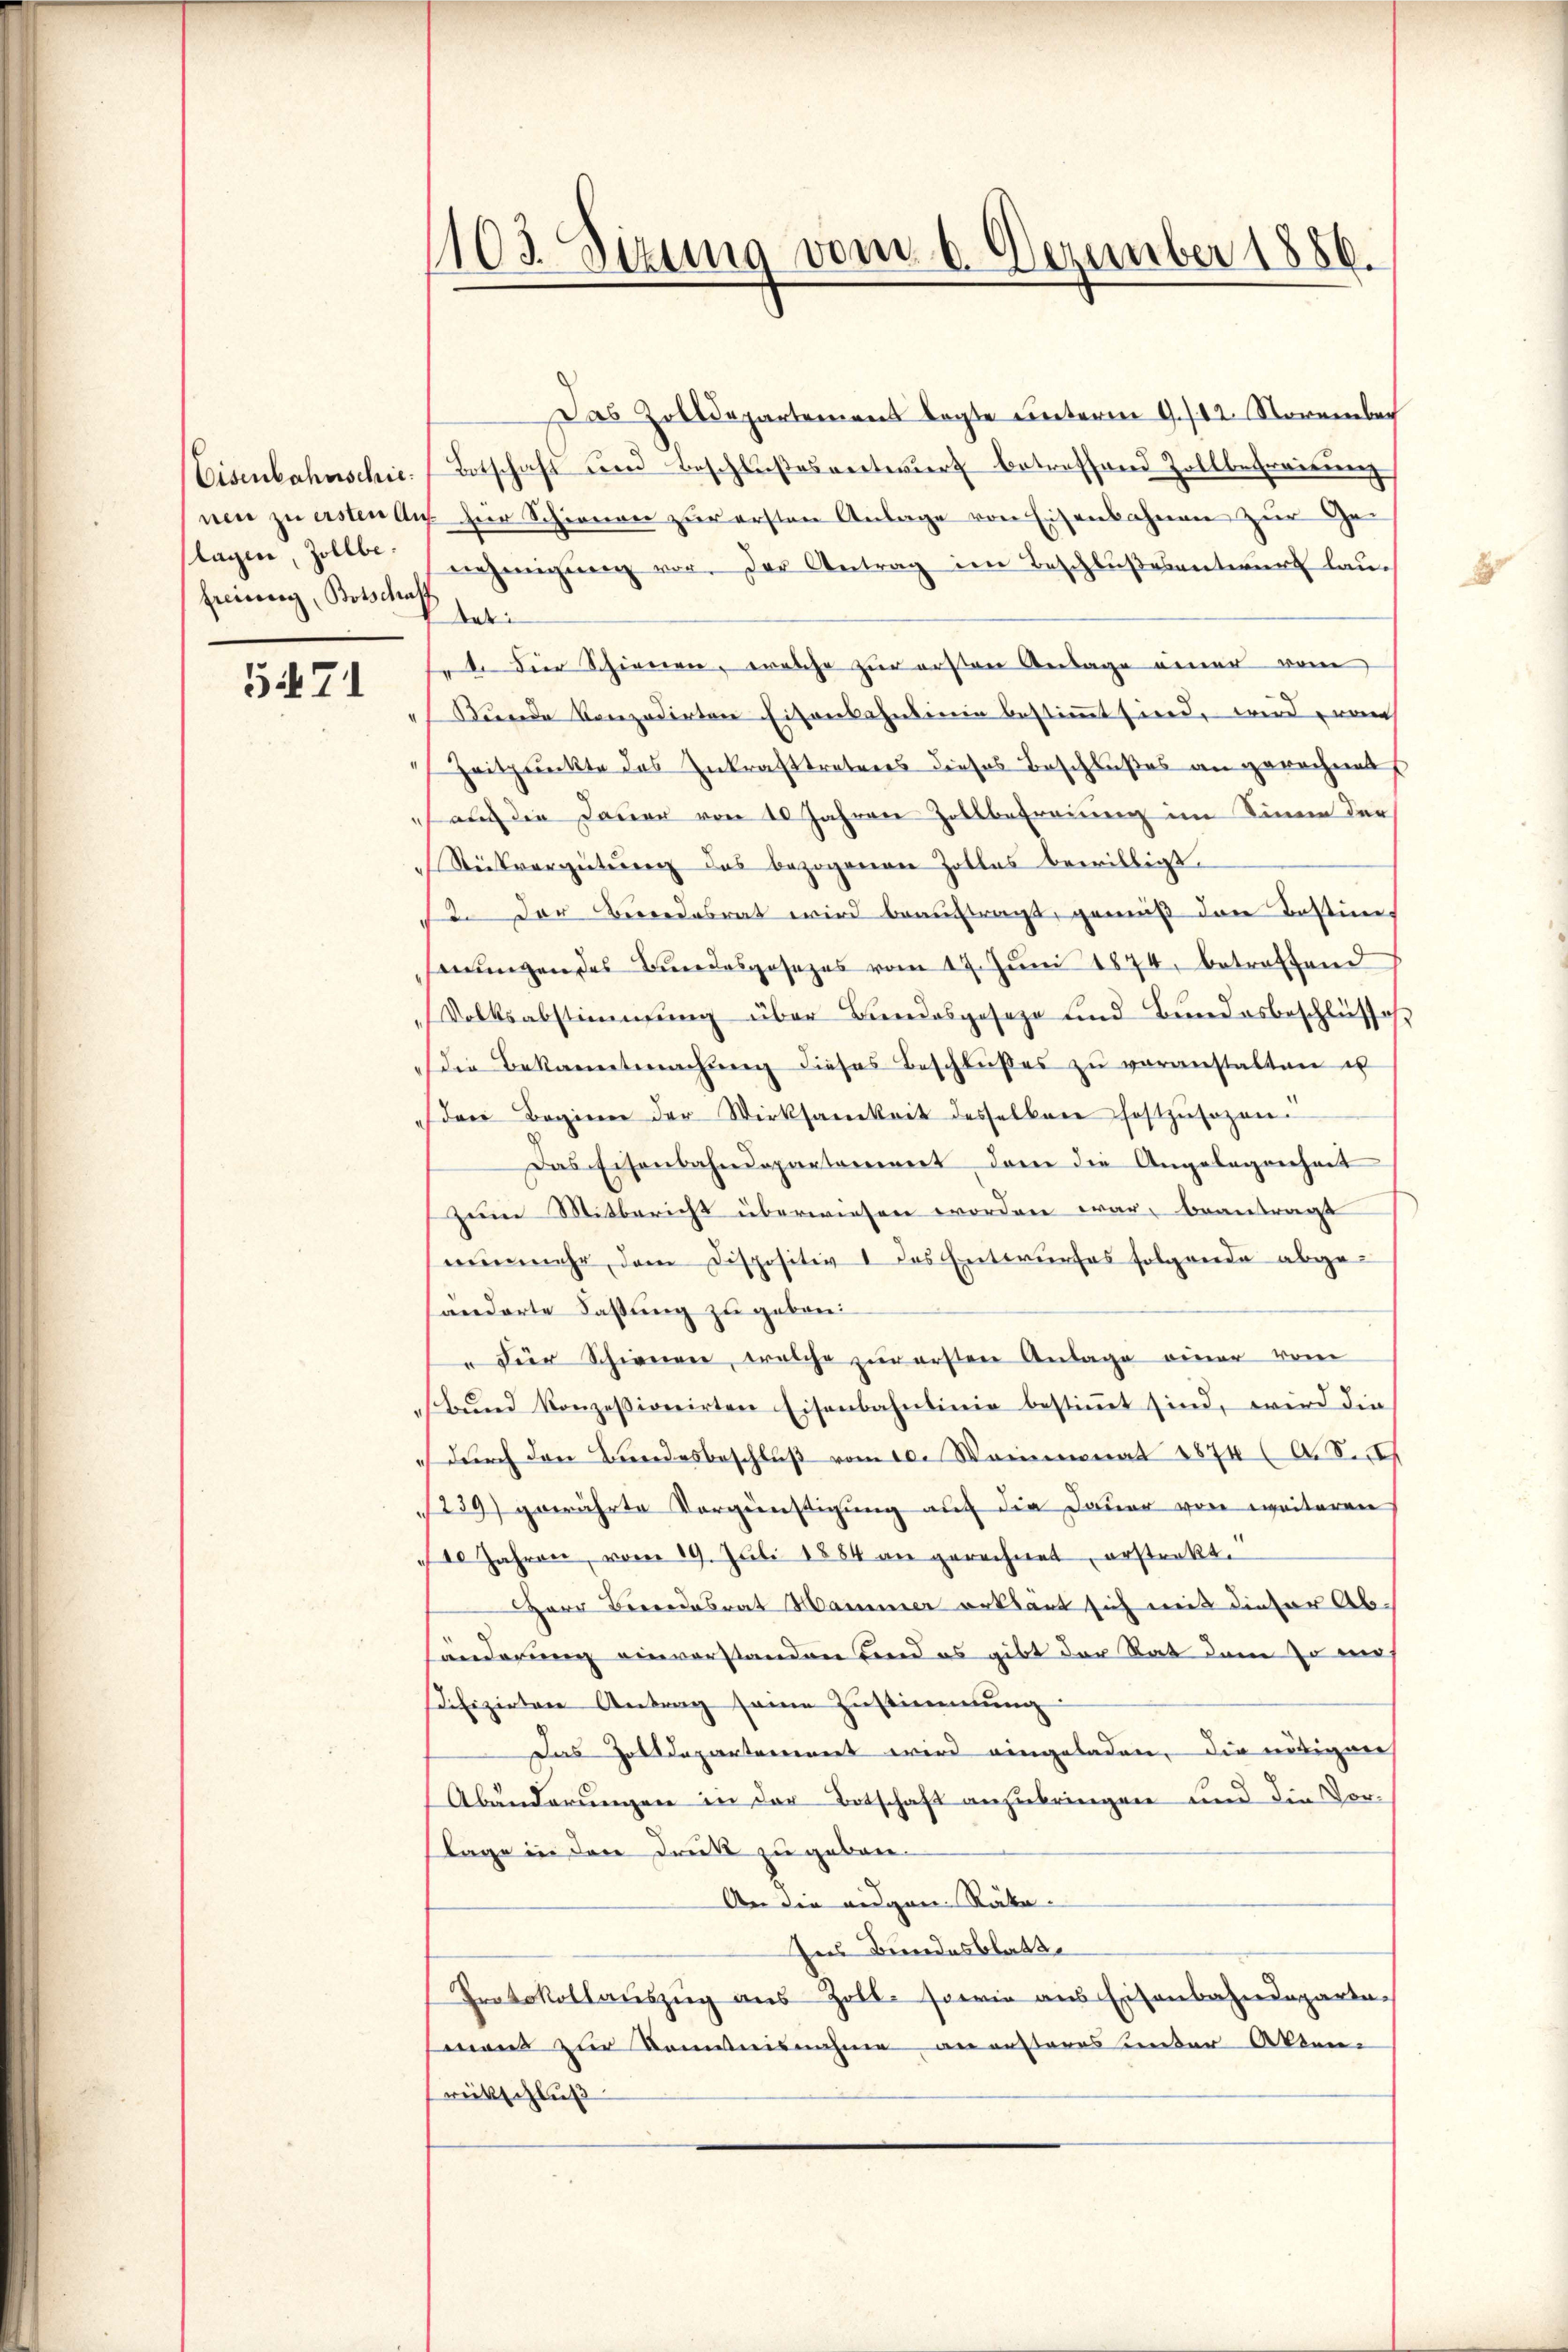
lagen, Zollbe.
freiung, Botschaff

5471

103. Sizung vom 6. Dezember 1886.

Das Zolldepartement legte unterm 9./12. November
Eisenbahnschie Botschaft und Beschlŭβesentwŭrf betreffend Zollbefreisŭng
nen in ersten Aus zur Schienen zur ersten Anlage von Eisenbahnen zur Ge
nehmigŭng vor. Der Antrag im Beschlußesentwurf lau¬
Aab
ete die Schienen, welche zur ersten Anlage einer vom
Kunde konzedirten Eisenbahnlinie bestimmt sind, wird nach
Zeitpunkte des Inkrafttretens dieses Beschlußes an gerechnet
 auch die Dauer von 10 Jahren Zollbefreiung im Sinne der
Rückvergütung des bezogenen Zolles bewilligt.
12. Der Beendesrat wird beauftragt, gemäß den Bestimsangen des Bundesgesezes vom 17. Jŭni 1874, betreffend
Dolksabstimmung über Bundesgeseze und Bundesbeschlüsse,
die Bekanntmachŭng dieses Beschlußes zu veranstalten es
(den Beginn der Wirksamkeit desselben festzŭsogen.
Das Eisenbahndepartamiert dem die Angelegenheit
zum Mitbericht überwiesen worden war, beantragt
nunmehr, dem Dispositiv I des Entwurfes folgende abgeänderte Fassung zu geben
" der Schienen, welche zŭ ersten Anlage einer vom
Bŭnd konzessionirten Eisenbahnlinie bestiṁt sind, wird die
dŭrch den Bundesbeschlŭβ vom 10. Weinmonat 1874 (A. S.
239) gewährte Vorgünstigung auf die Dauer von weiteren
10 Jahren, vom 19. Juli 1884 an gerechnet, erstrakt.
HHerr Berendesrat Hammer erklärt sich mit dieser Abänderung einvorstanden Fond es gibt der Rat dem so mus
Defizirten Antrag seine Zustimmung:
Das Zolldepartarennert wird eingeladen, die nötiger
Abänderungen in der Botschaft anzubringen und die Vor-
lage in dere Druck zu geben¬
An die augen Räka-
Ins Bundesblatt.
Protokollauszug aus Zoll- sowie aus Eisenbahndeparte-
mnent zur Kenntnisnahme an ersteres unter Akten-
reitschluß